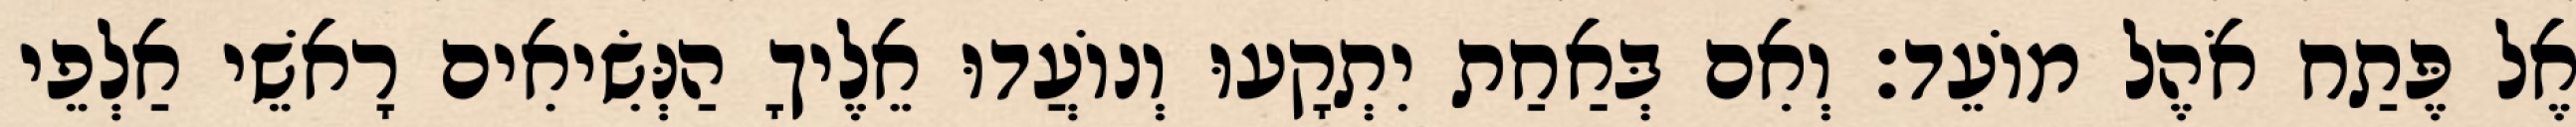
אֶל פֶּתַח אֹהֶל מוֹעֵד׃ וְאִם בְּאַחַת יִתְקָעוּ וְנוֹעֲדוּ אֵלֶיךָ הַנְּשִׂיאִים רָאשֵׁי אַלְפֵי